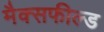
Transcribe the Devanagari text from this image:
मैक्सफील्ड